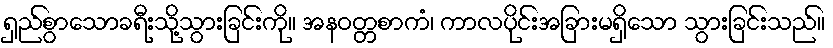
ရှည်စွာသောခရီးသို့သွားခြင်းကို။ အနဝတ္တစာကံ၊ ကာလပိုင်းအခြားမရှိသော သွားခြင်းသည်။